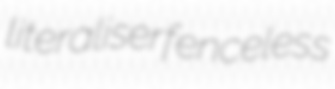
literaliser fenceless